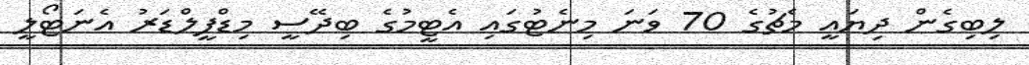
ލިބިގެން ދިޔައީ މެޗުގެ 70 ވަނަ މިނެޓުގައި އެޓީމުގެ ބިދޭސީ މިޑްފީލްޑަރު އެނަޓޯލީ